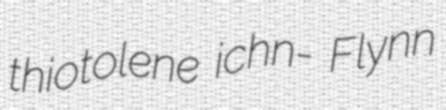
thiotolene ichn- Flynn